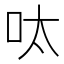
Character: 呔